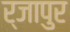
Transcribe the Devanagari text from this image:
र्जापुर